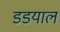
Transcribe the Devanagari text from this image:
डडयाल